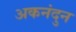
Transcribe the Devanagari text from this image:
अकनंदुन